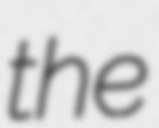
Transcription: the